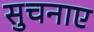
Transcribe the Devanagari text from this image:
सुचनाए